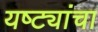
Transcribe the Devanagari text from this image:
यष्ट्यांचा